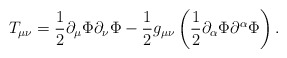
\begin{align*}T_{\mu\nu} = \frac{1}{2}\partial_\mu\Phi\partial_\nu\Phi-\frac{1}{2}g_{\mu\nu}\left( \frac{1}{2} \partial_\alpha\Phi\partial^\alpha\Phi\right).\end{align*}